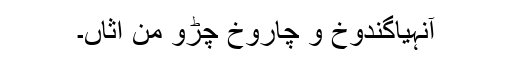
آنہیاگندوخ و چاروخ چڑو من اثاں۔